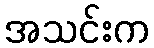
အသင်းက